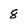
Character: 8